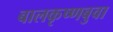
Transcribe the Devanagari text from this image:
बालकृष्णबुवा